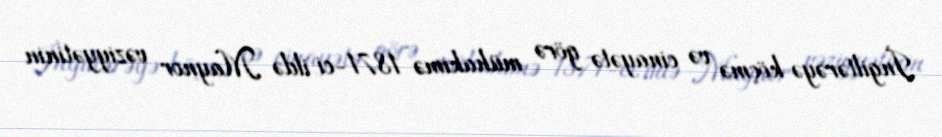
İngiltərəyə köçmə və cinayətə görə mühakimə 1871-ci ildə Maynor vəziyyətinin